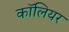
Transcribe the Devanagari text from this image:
कॉलियर